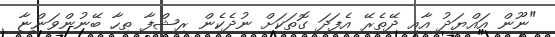
"ނޫން އައްޔަދު އާއި ދޭތެރޭ އެފަދަ ގޮތަކަށް ނުދެކެން ރިޝްފާ ތިހާ ބޭނުންވަންޏާ